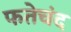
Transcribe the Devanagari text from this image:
फतेचंद